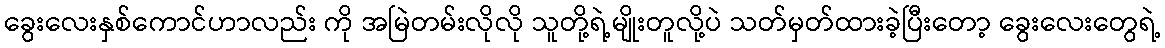
ခွေးလေးနှစ်ကောင်ဟာလည်း ကို အမြဲတမ်းလိုလို သူတို့ရဲ့မျိုးတူလို့ပဲ သတ်မှတ်ထားခဲ့ပြီးတော့ ခွေးလေးတွေရဲ့